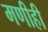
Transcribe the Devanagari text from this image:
मणीही